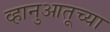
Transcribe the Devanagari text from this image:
व्हानुआतूच्या